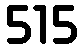
515